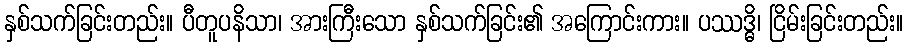
နှစ်သက်ခြင်းတည်း။ ပီတူပနိသာ၊ အားကြီးသော နှစ်သက်ခြင်း၏ အကြောင်းကား။ ပဿဒ္ဓိ၊ ငြိမ်းခြင်းတည်း။